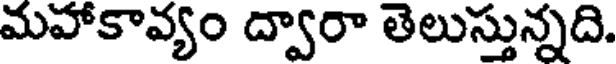
మహాకావ్యం ద్వారా తెలుస్తున్నది.